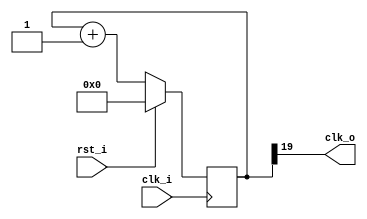
module clk_gen #(
    parameter res    = 20,    // bits - bit resolution
    parameter phase  =  1     // N - phase value for the counter
  )(
    input      clk_i, // Fc - input frequency
    input      rst_i,
    output     clk_o  // Fo - output frequency
  );

  // Registers and nets
  reg [res-1:0] cnt;

  // Continuous assignments
  assign clk_o = cnt[res-1];

  // Behaviour
  always @(posedge clk_i)
    cnt <= rst_i ? {res{1'b0}} : (cnt + phase);

endmodule